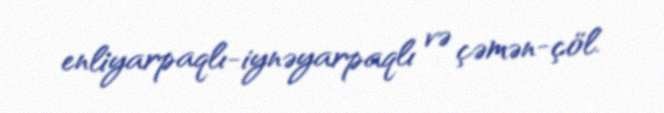
enliyarpaqlı-iynəyarpaqlı və çəmən-çöl.